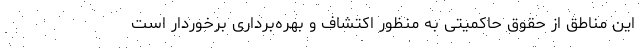
این مناطق از حقوق حاکمیتی به منظور اکتشاف و بهره‌برداری برخوردار است